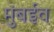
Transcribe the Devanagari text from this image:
मुंबईव